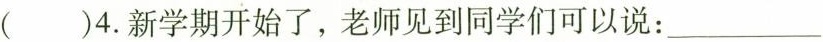
( )4.新学期开始了,老师见到同学们可以说: ___